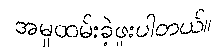
အမှုထမ်းခဲ့ဖူးပါတယ်။